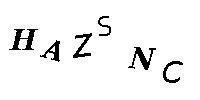
HAZSNC